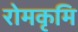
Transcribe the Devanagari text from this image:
रोमकृमि